Report on vaccination proceedings throughout the Government of Bengal -
Year: 1868
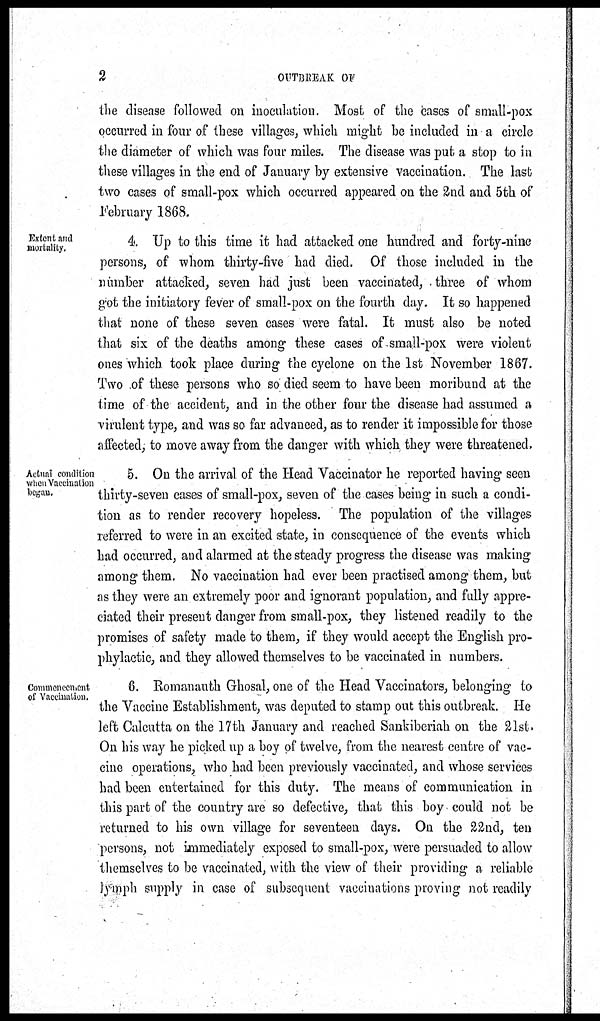
2
OUTBREAK OF
the disease followed on inoculation. Most of the cases of small-pox
occurred in four of these villages, which might be included in a circle
the diameter of which was four miles. The disease was put a stop to in
these villages in the end of January by extensive vaccination. The last
two cases of small-pox which occurred appeared on the 2nd and 5th of
February 1868.
Extent and
mortality.
4. Up to this time it had attached one hundred and forty-nine
persons, of whom thirty-five had died. Of those included in the
number attacked, seven had just been vaccinated, three of whom
got the initiatory fever of small-pox on the fourth day. It so happened
that none of these seven cases were fatal. It must also be noted
that six of the deaths among these cases of small-pox were violent
ones which took place during the cyclone on the 1st November 1867.
Two of these persons who so died seem to have been moribund at the
time of the accident, and in the other four the disease had assumed a
virulent type, and was so far advanced, as to render it impossible for those
affected, to move away from the danger with which they were threatened.
Actual condition
when Vaccination
began.
5. On the arrival of the Head Vaccinator he reported having seen
thirty-seven cases of small-pox, seven of the cases being in such a condi-
tion as to render recovery hopeless. The population of the villages
referred to were in an excited state, in consequence of the events which
had occurred, and alarmed at the steady progress the disease was making
among them. No vaccination had ever been practised among them, but
as they were an extremely poor and ignorant population, and fully appre-
ciated their present danger from small-pox, they listened readily to the
promises of safety made to them, if they would accept the English pro-
phylactic, and they allowed themselves to be vaccinated in numbers.
Commeneement
of Vaccination.
6. Romanauth Ghosal, one of the Head Vaccinators, belonging to
the Vaccine Establishment, was deputed to stamp out this outbreak. He
left Calcutta on the 17th January and reached Sankiberiah on the 21st.
On his way he picked up a boy of twelve, from the nearest centre of vac-
cine operations, who had been previously vaccinated, and whose services
had been entertained for this duty. The means of communication in
this part of the country are so defective, that this boy could not be
returned to his own village for seventeen days. On the 22nd, ten
persons, not immediately exposed to small-pox, were persuaded to allow
themselves to be vaccinated, with the view of their providing a reliable
lymph supply in case of subsequent vaccinations proving not readily